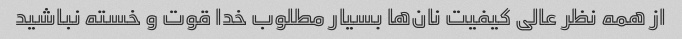
از همه نظر عالی کیفیت نان‌ها بسیار مطلوب خدا قوت و خسته نباشید